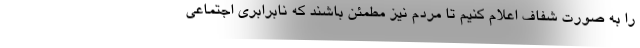
را به صورت شفاف اعلام کنیم تا مردم نیز مطمئن باشند که نابرابری اجتماعی